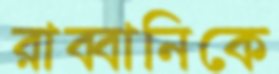
রাব্বানিকে